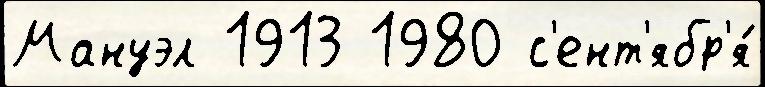
Мануэл 1913 1980 с'ент'ябр'я́